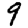
Digit: 9